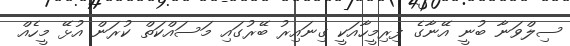
ސިލްވަނާ ބުނީ އޭނާގެ ފިރިމީހާއަކީ ގިނައިރު ބޭރުގައި މަސައްކަތް ކުރަން އުޅޭ މީހެއް